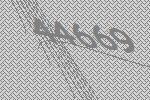
44669